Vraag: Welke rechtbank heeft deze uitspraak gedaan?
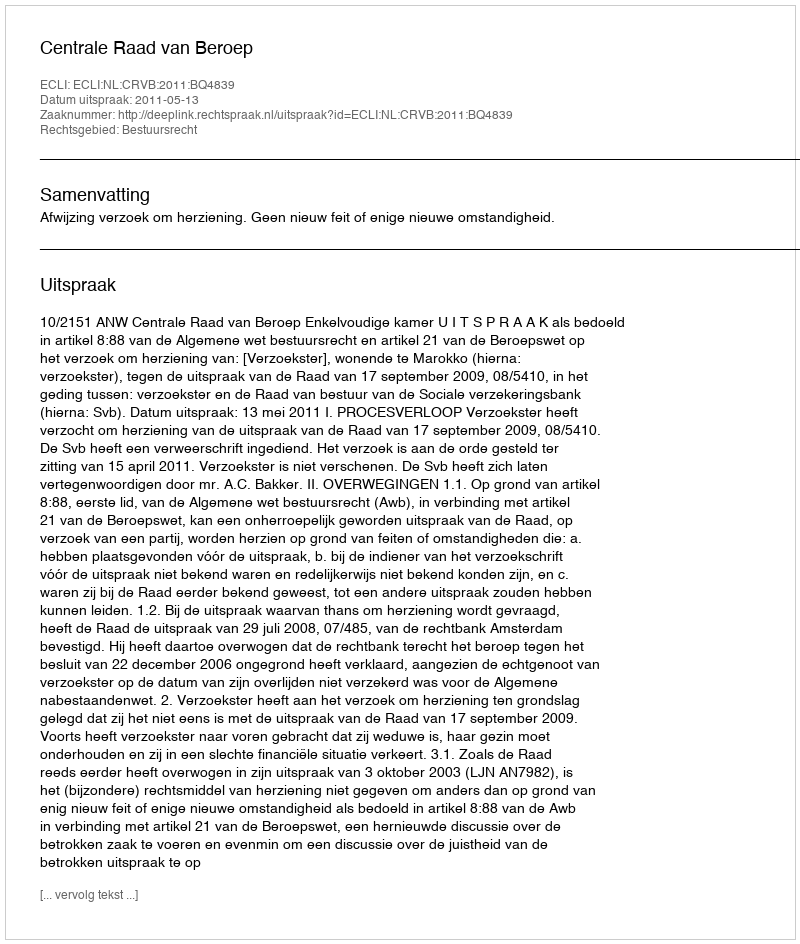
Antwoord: Centrale Raad van Beroep